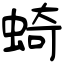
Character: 䗁